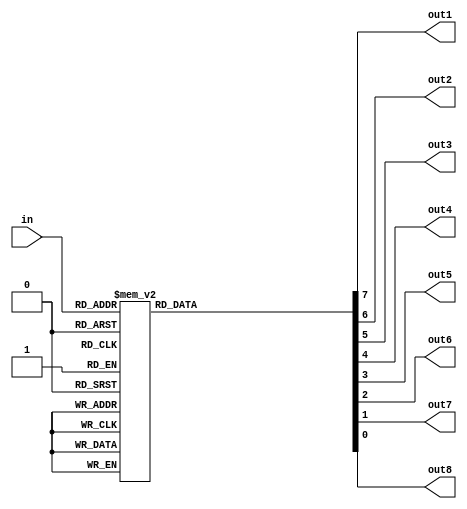
module Three_8(in,out1,out2,out3,out4,out5,out6,out7,out8);
input [2:0]in;
output out1,out2,out3,out4,out5,out6,out7,out8;
reg out1,out2,out3,out4,out5,out6,out7,out8;
always@(in)
begin
	case(in)
		3'b000:{out1,out2,out3,out4,out5,out6,out7,out8}=8'b01111111;
		3'b001:{out1,out2,out3,out4,out5,out6,out7,out8}=8'b10111111;
		3'b010:{out1,out2,out3,out4,out5,out6,out7,out8}=8'b11011111;
		3'b011:{out1,out2,out3,out4,out5,out6,out7,out8}=8'b11101111;
		3'b100:{out1,out2,out3,out4,out5,out6,out7,out8}=8'b11110111;
		3'b101:{out1,out2,out3,out4,out5,out6,out7,out8}=8'b11111011;
		3'b110:{out1,out2,out3,out4,out5,out6,out7,out8}=8'b11111101;
		3'b111:{out1,out2,out3,out4,out5,out6,out7,out8}=8'b11111110;
	endcase
end
endmodule